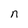
Character: n